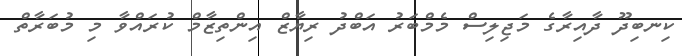
ކިނބިދޫ ދާއިރާގެ މަޖިލިސް މެމްބަރު އަބްދު ރިޔާޒް އިންތިޒާމް ކުރައްވާ މި މުބަރާތް